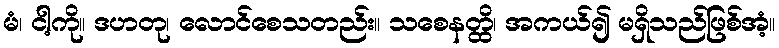
မံ၊ ငါ့ကို။ ဒဟတု၊ လောင်စေသတည်း။ သစေနတ္ထိ၊ အကယ်၍ မရှိသည်ဖြစ်အံ့။